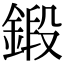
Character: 鍛